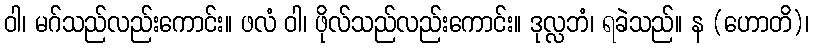
ဝါ၊ မဂ်သည်လည်းကောင်း။ ဖလံ ဝါ၊ ဖိုလ်သည်လည်းကောင်း။ ဒုလ္လဘံ၊ ရခဲသည်။ န (ဟောတိ)၊